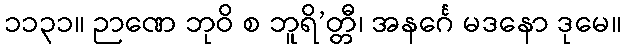
၁၁၃၁။ ဉာဏေ ဘုဝိ စ ဘူရိ’တ္တီ၊ အနင်္ဂေ မဒနော ဒုမေ။